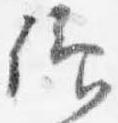
仰